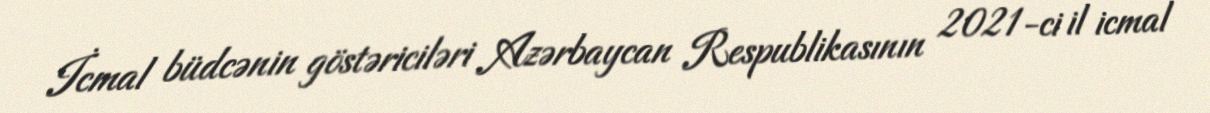
İcmal büdcənin göstəriciləri Azərbaycan Respublikasının 2021-ci il icmal